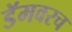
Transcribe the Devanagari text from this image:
डॅमवरच